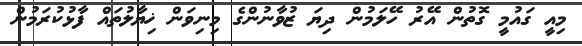
މިއީ ގައުމީ ގޮތުން އޭރު ހޭލަމުން ދިޔަ ޒުވާނުންގެ މިނިވަން ޚިޔާލުތައް ފާޅުކުރަމުން